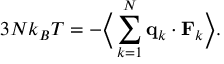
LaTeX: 3 N k _ { B } T = - { \biggl \langle } \sum _ { k = 1 } ^ { N } \mathbf { q } _ { k } \cdot \mathbf { F } _ { k } { \biggr \rangle } .